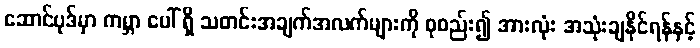
ဆောင်ပုဒ်မှာ ကမ္ဘာ ပေါ် ရှိ သတင်းအချက်အလက်များကို စုစည်း၍ အားလုံး အသုံးချနိုင်ရန်နှင့်